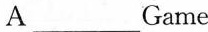
A___Game